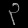
Digit: ၃